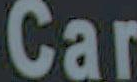
Car